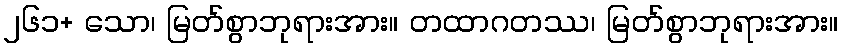
၂၆၁+ သော၊ မြတ်စွာဘုရားအား။ တထာဂတဿ၊ မြတ်စွာဘုရားအား။